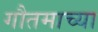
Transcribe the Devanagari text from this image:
गौतमाच्या